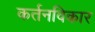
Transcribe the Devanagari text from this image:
कर्तनविकार